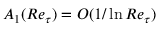
A _ { 1 } ( R e _ { \tau } ) = O ( 1 / \ln R e _ { \tau } )